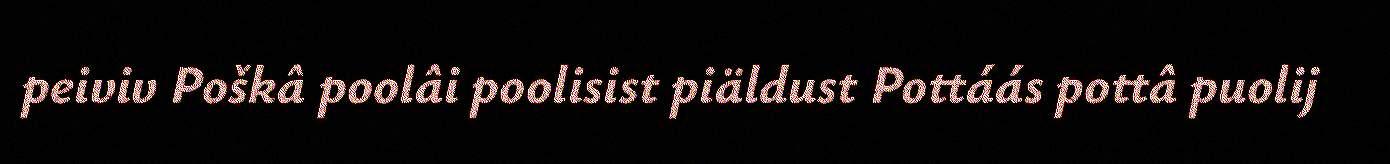
peiviv Poškâ poolâi poolisist piäldust Pottáás pottâ puolij